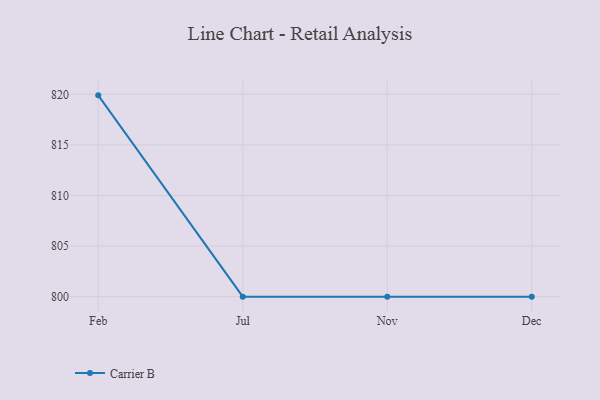
{"axis": {"x": "Month", "y": "Website Visitors"}, "legend": ["Carrier B"], "data": [{"x": "Feb", "y": 819.9, "type": "Carrier B"}, {"x": "Jul", "y": 800, "type": "Carrier B"}, {"x": "Nov", "y": 800, "type": "Carrier B"}, {"x": "Dec", "y": 800, "type": "Carrier B"}]}